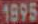
1895